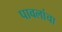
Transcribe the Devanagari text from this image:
पावलांचा